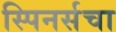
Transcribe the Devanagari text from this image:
स्पिनर्सचा